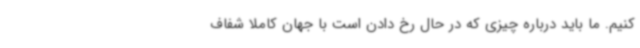
کنیم. ما باید درباره چیزی که در حال رخ دادن است با جهان کاملا شفاف